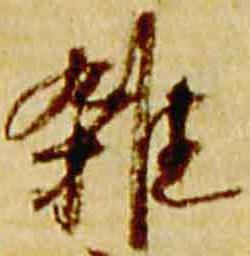
雑